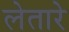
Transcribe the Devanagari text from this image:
लेतारे